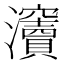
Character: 𤅋